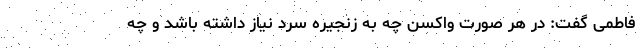
فاطمی گفت: در هر صورت واکسن چه به زنجیره سرد نیاز داشته باشد و چه